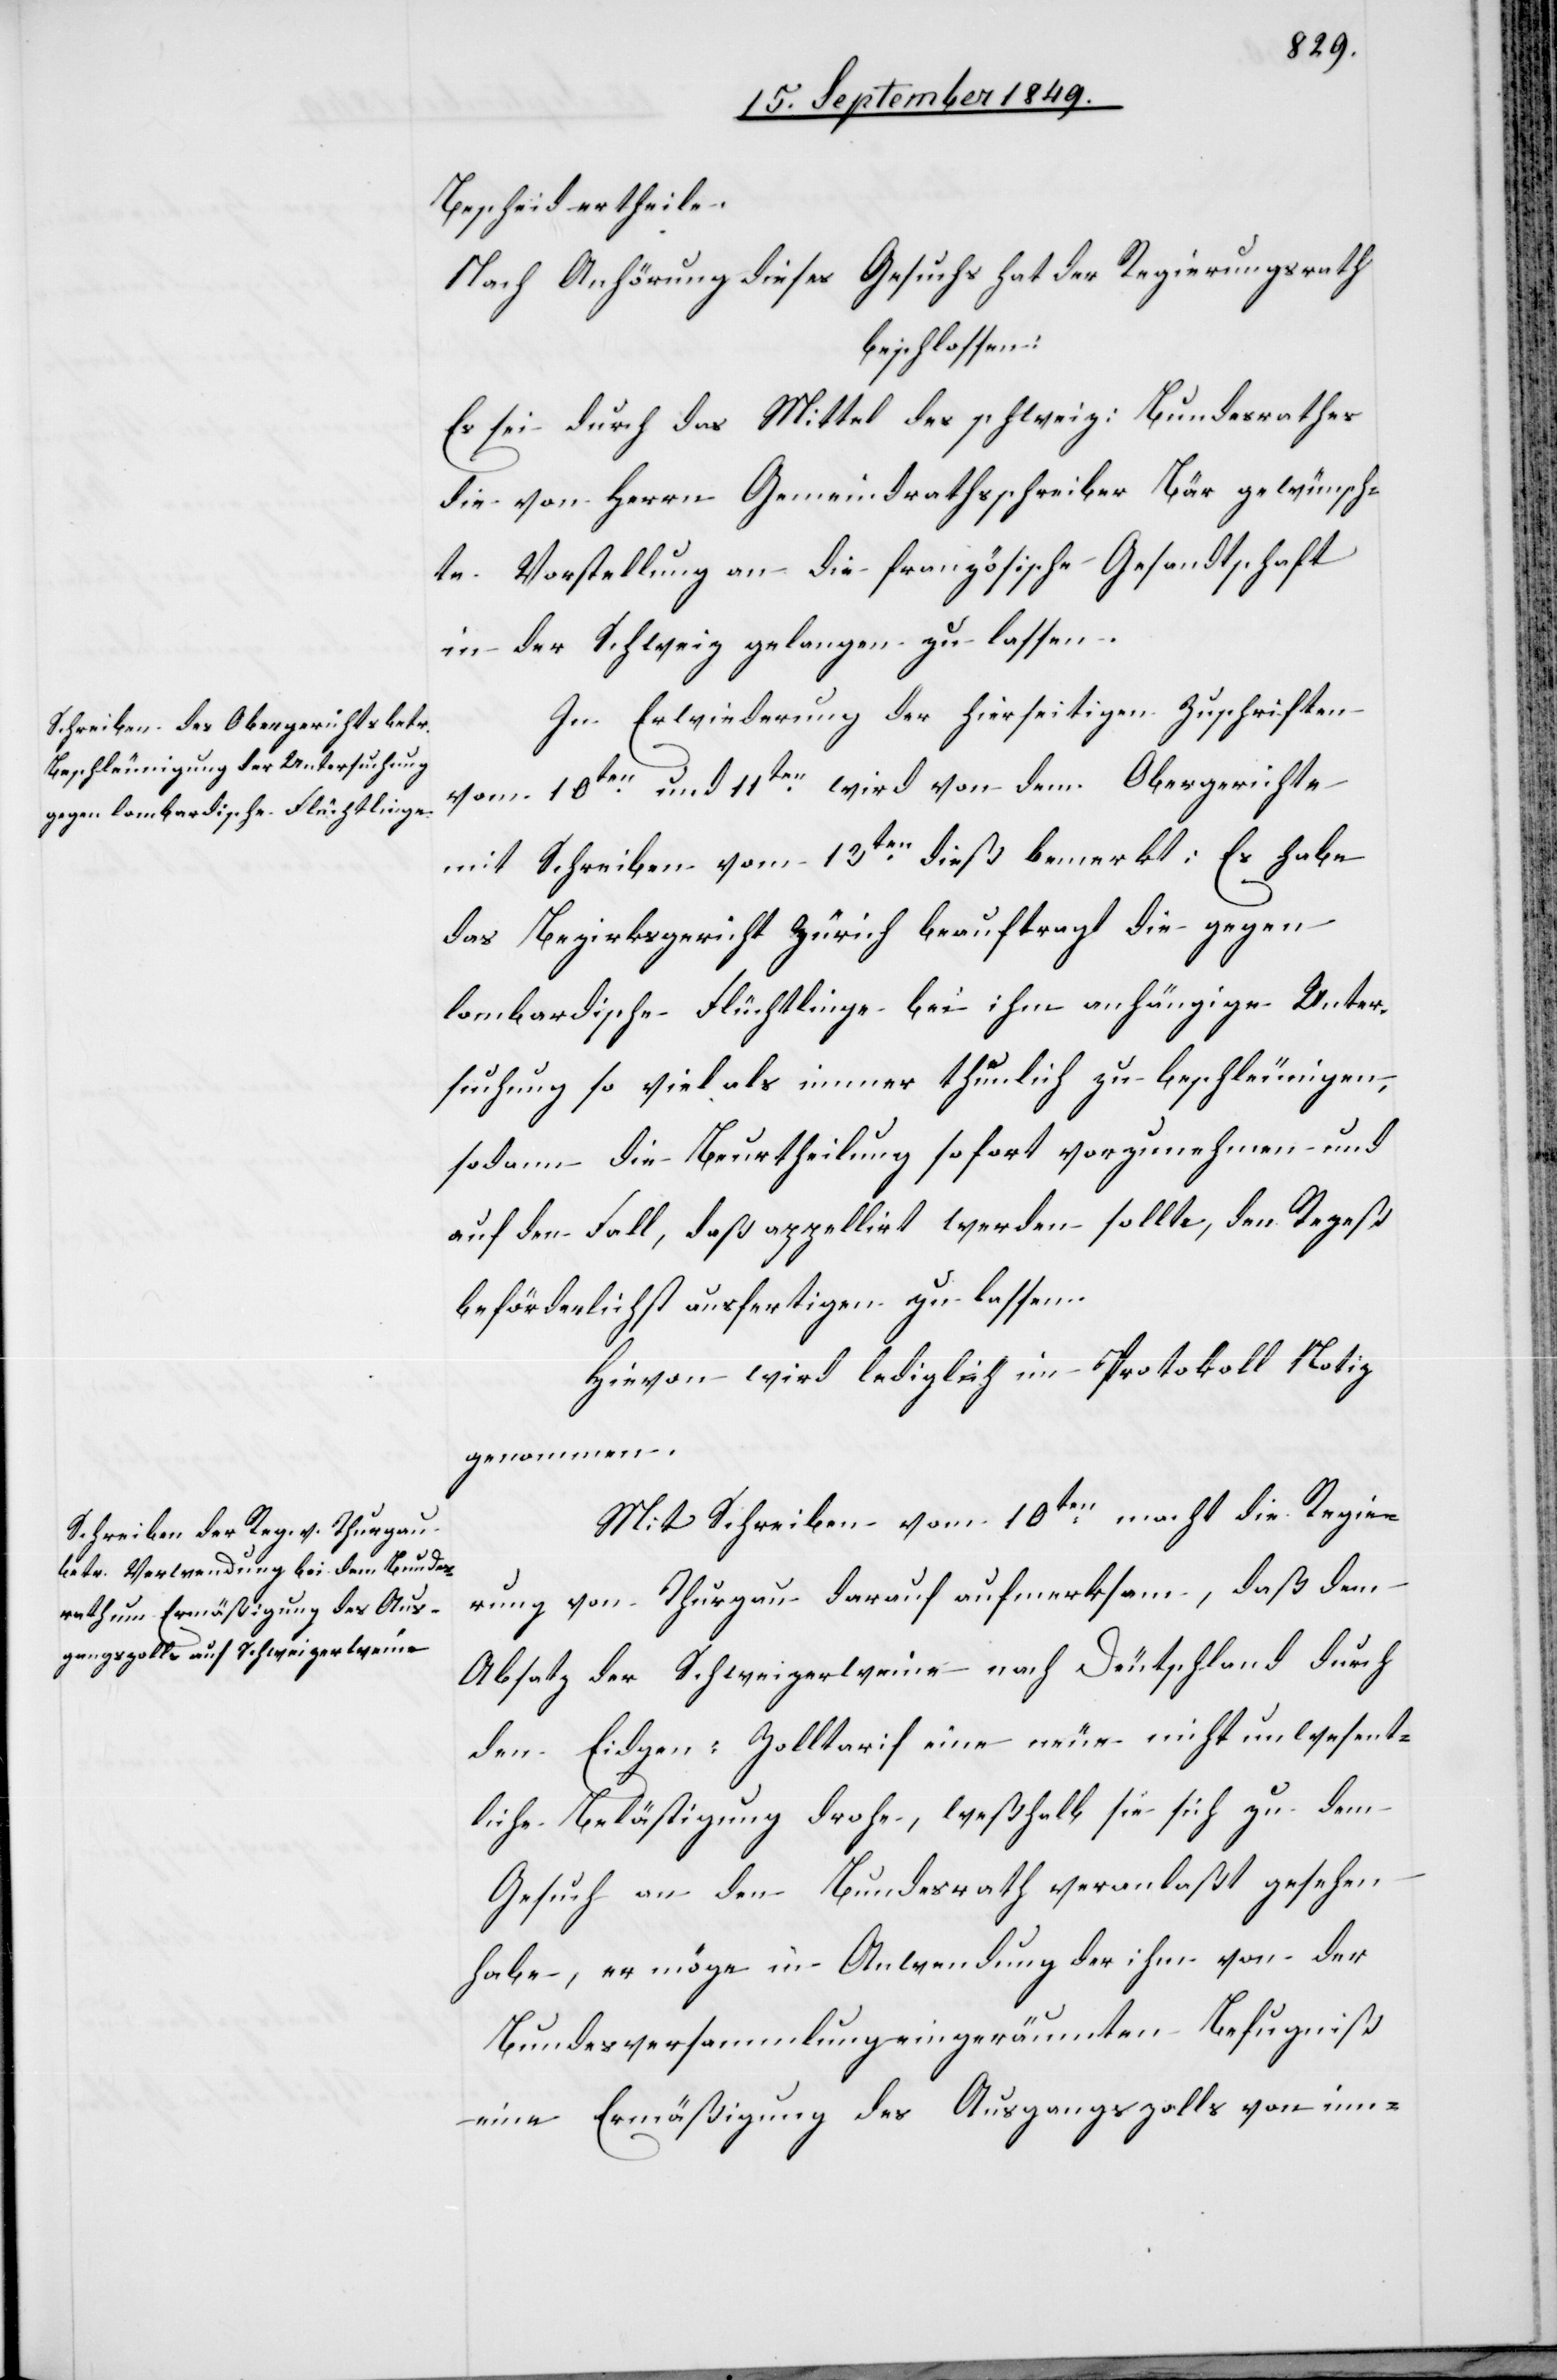
Bescheid ertheile.
Nach Anhörung dieses Gesuchs hat der Regierungsrath
beschlossen:
Es sei durch das Mittel des schweiz. Bundesrathes
die von Herrn Gemeindrathsschreiber Bär gewünsch¬
te Vorstellung an die französische Gesandtschaft
in der Schweiz gelangen zu lassen.
In Erwiederung der hierseitigen Zuschriften
vom 10ten und 11ten wird von dem Obergerichte
mit Schreiben vom 13ten dieß bemerkt: Es habe
das Bezirksgericht Zürich beauftragt die gegen
lombardische Flüchtlinge bei ihm anhängige Unter¬
suchung so viel als immer thunlich zu beschleunigen,
sodann die Beurtheilung sofort vorzunehmen und
auf den Fall, daß appellirt werden sollte, den Rezeß
beförderlichst ausfertigen zu lassen.
Hievon wird lediglich im Protokoll Notiz
genommen.
Mit Schreiben vom 10ten macht die Regie¬
rung von Thurgau darauf aufmerksam, daß dem
Absatz der Schweizerweine nach Deutschland durch
den Eidgen. Zolltarif eine neue nicht unwesent¬
liche Belästigung drohe, weßhalb sie sich zu dem
Gesuch an den Bundesrath veranlaßt gesehen
habe, er möge in Anwendung der ihm von der
Bundesversammlung eingeräumten Befugniß
eine Ermäßigung des Ausgangszolls von inn-